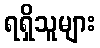
ရရှိသူများ